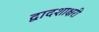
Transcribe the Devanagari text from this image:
द्वादशाक्षरी